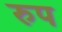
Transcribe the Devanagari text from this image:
रुप